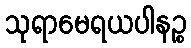
သုရာမေရယပါနဉ္စ